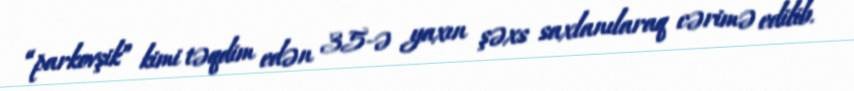
“parkovşik” kimi təqdim edən 35-ə yaxın şəxs saxlanılaraq cərimə edilib.